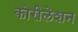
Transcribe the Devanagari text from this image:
कोरीलेशन